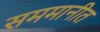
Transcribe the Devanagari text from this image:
सममानीत